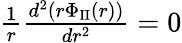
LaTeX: \begin{array}{r}{\frac{1}{r}\frac{d^{2}(r\Phi_{\textrm{II}}(r))}{dr^{2}}=0}\end{array}